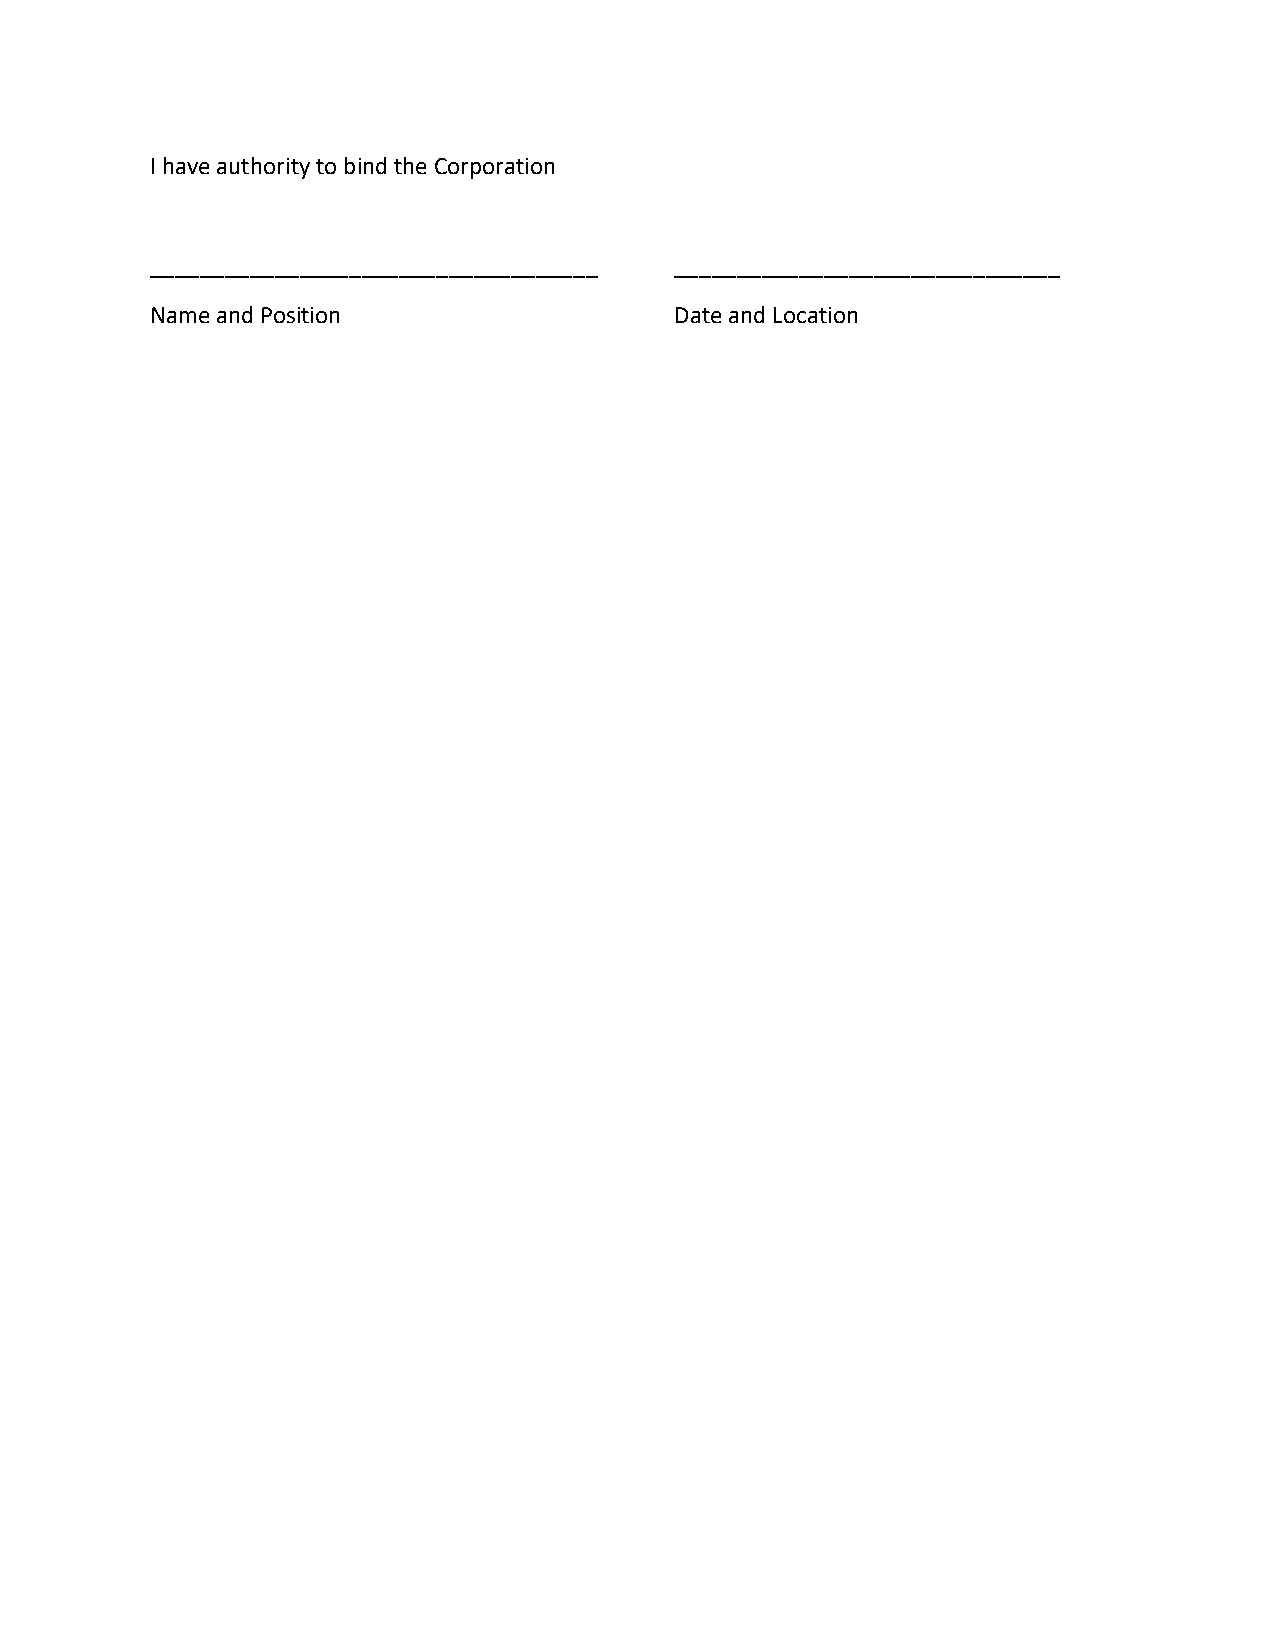
I have authority to bind the Corporation
 ____________________________________ _______________________________
 Name and Position                  Date and Location